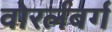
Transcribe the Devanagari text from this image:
वोरर्लबर्ग